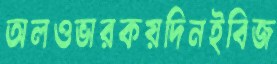
অলওভারকয়দিনইবিজ